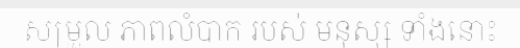
សម្រួល ភាពលំបាក របស់ មនុស្ស ទាំងនោះ